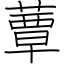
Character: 蕈